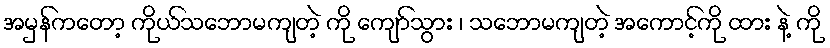
အမှန်ကတော့ ကိုယ်သဘောမကျတဲ့ ကို ကျော်သွား ၊ သဘောမကျတဲ့ အကောင့်ကို ထား နဲ့ ကို